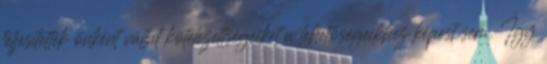
teljesítették önként vállat kötelezettségeiket a lehetőségeikhez képest sem. Így